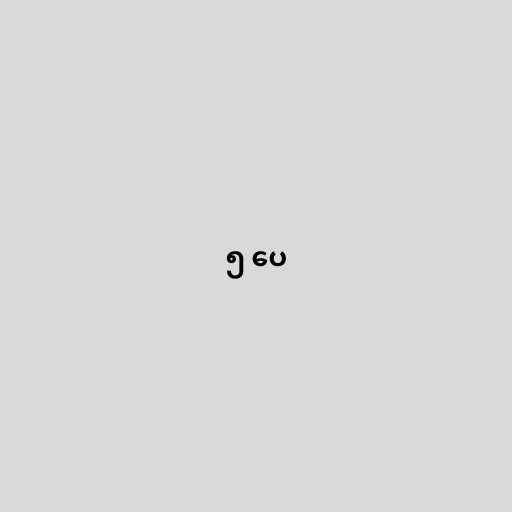
၅ ပေ